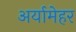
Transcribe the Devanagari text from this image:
अर्यामेहर